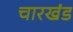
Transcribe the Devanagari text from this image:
चारखंड